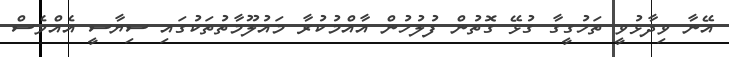
އޭނާ ވިދާޅުވީ ތަހުގީގާ ގުޅޭ ގޮތުން ފުލުހުން އާއްމުކުރާ މައުލޫމާތުތަކުގައި ސިޔާސީ އެއްވެސް